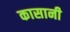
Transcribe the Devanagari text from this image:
कासानी